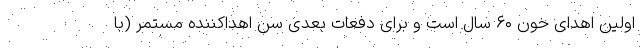
اولین اهدای خون ۶۰ سال است و برای دفعات بعدی سن اهداکننده مستمر (با